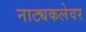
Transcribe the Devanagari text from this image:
नाट्यकलेवर